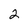
Character: 2